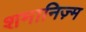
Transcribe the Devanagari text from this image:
शमानिज़्म